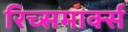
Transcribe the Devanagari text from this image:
रिच्समार्क्स